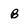
Character: B